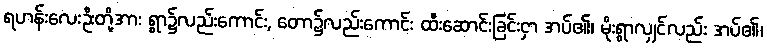
ရဟန်းလေးဦးတို့အား ရွာ၌လည်းကောင်း, တော၌လည်းကောင်း ထီးဆောင်းခြင်းငှာ အပ်၏၊ မိုးရွာလျှင်လည်း အပ်၏၊